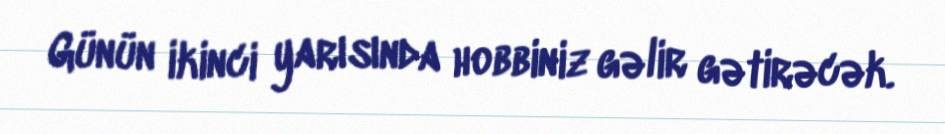
Günün ikinci yarısında hobbiniz gəlir gətirəcək.